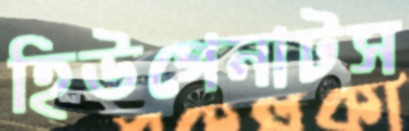
হিউগেনাটস